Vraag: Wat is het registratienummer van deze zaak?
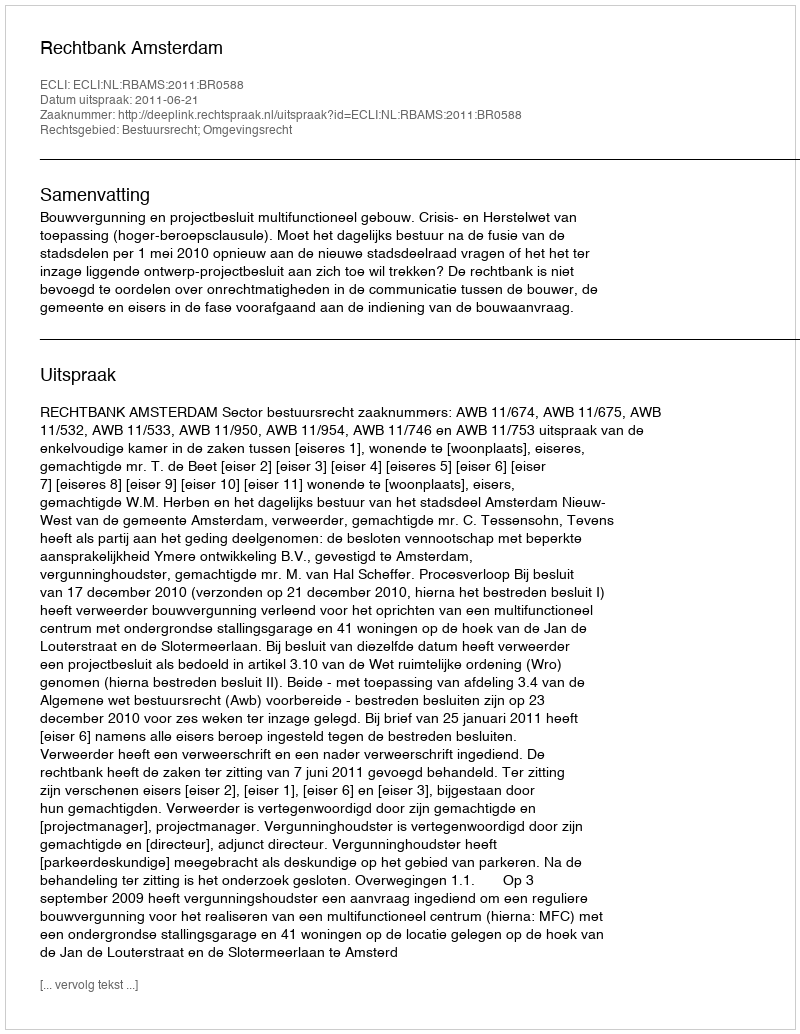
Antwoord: http://deeplink.rechtspraak.nl/uitspraak?id=ECLI:NL:RBAMS:2011:BR0588